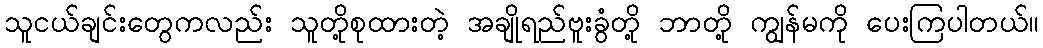
သူငယ်ချင်းတွေကလည်း သူတို့စုထားတဲ့ အချိုရည်ဗူးခွံတို့ ဘာတို့ ကျွန်မကို ပေးကြပါတယ်။